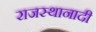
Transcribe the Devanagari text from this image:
राजस्थानादी